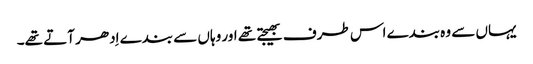
یہاں سے وہ بندے اس طرف بھیجتے تھے اور وہاں سے بندے اِدھر آتے تھے۔